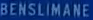
BENSlimane